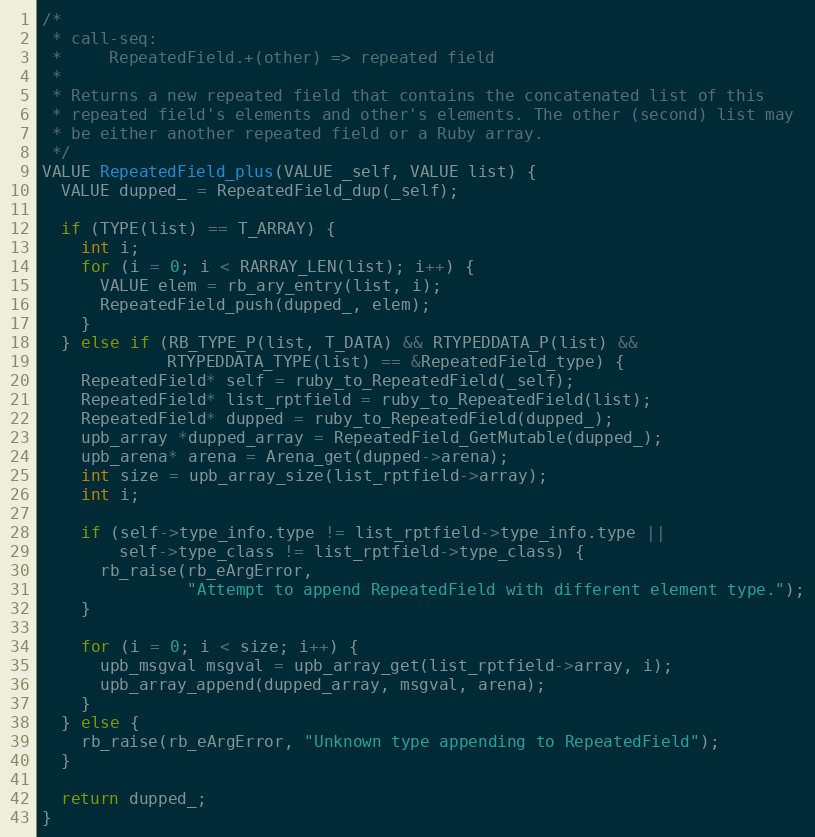
Language: C
/*
 * call-seq:
 *     RepeatedField.+(other) => repeated field
 *
 * Returns a new repeated field that contains the concatenated list of this
 * repeated field's elements and other's elements. The other (second) list may
 * be either another repeated field or a Ruby array.
 */
VALUE RepeatedField_plus(VALUE _self, VALUE list) {
  VALUE dupped_ = RepeatedField_dup(_self);

  if (TYPE(list) == T_ARRAY) {
    int i;
    for (i = 0; i < RARRAY_LEN(list); i++) {
      VALUE elem = rb_ary_entry(list, i);
      RepeatedField_push(dupped_, elem);
    }
  } else if (RB_TYPE_P(list, T_DATA) && RTYPEDDATA_P(list) &&
             RTYPEDDATA_TYPE(list) == &RepeatedField_type) {
    RepeatedField* self = ruby_to_RepeatedField(_self);
    RepeatedField* list_rptfield = ruby_to_RepeatedField(list);
    RepeatedField* dupped = ruby_to_RepeatedField(dupped_);
    upb_array *dupped_array = RepeatedField_GetMutable(dupped_);
    upb_arena* arena = Arena_get(dupped->arena);
    int size = upb_array_size(list_rptfield->array);
    int i;

    if (self->type_info.type != list_rptfield->type_info.type ||
        self->type_class != list_rptfield->type_class) {
      rb_raise(rb_eArgError,
               "Attempt to append RepeatedField with different element type.");
    }

    for (i = 0; i < size; i++) {
      upb_msgval msgval = upb_array_get(list_rptfield->array, i);
      upb_array_append(dupped_array, msgval, arena);
    }
  } else {
    rb_raise(rb_eArgError, "Unknown type appending to RepeatedField");
  }

  return dupped_;
}